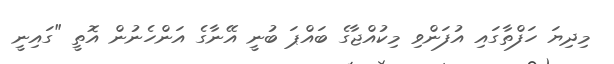
މިދިޔަ ހަފްތާގައި އުފަންވި މިކުއްޖާގެ ބައްޕަ ބުނީ އޭނާގެ އަންހެނުން އޮތީ "ގައިނީ